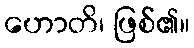
ဟောတိ၊ ဖြစ်၏။